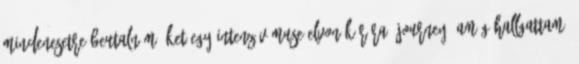
mindenesetre beutalnám őket egy intenzív Muse-elvonókúrára. Journey: Amíg hallgattam,